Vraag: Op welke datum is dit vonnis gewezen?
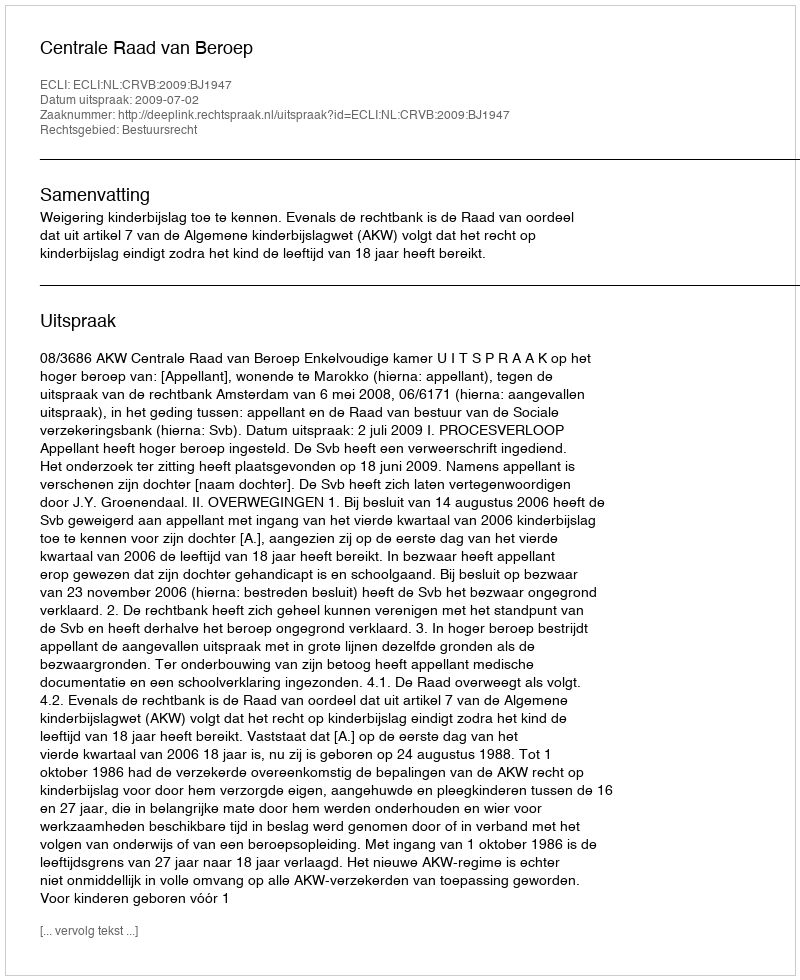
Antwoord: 2009-07-02